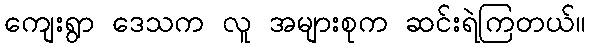
ကျေးရွာ ဒေသက လူ အများစုက ဆင်းရဲကြတယ်။